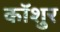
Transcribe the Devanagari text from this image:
कॉशुर